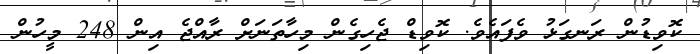
ކޮވިޑުން ރަނގަޅު ވެފައެވެ. ކޮވިޑް ޖެހިގެން މިހާތަނަށް ރާއްޖެ އިން 248 މީހުން